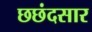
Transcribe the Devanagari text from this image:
छछंदसार